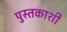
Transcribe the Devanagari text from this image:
पुस्तकाशी